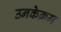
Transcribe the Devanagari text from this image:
उनकेक्रम